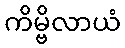
ကိမ္ဗိလာယံ